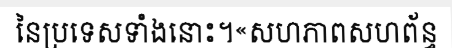
នៃប្រទេសទាំងនោះ។«សហភាពសហព័ន្ធ